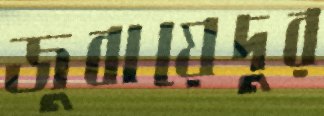
জুবায়েদুর